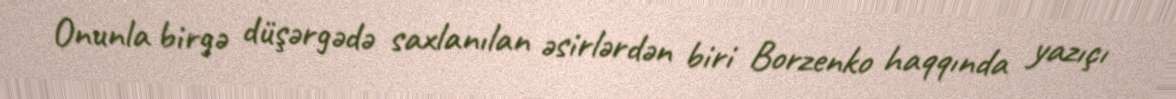
Onunla birgə düşərgədə saxlanılan əsirlərdən biri Borzenko haqqında yazıçı